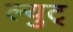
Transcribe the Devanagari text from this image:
ल्युट्